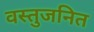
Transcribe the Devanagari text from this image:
वस्तुजनित